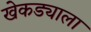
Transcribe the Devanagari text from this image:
खेकड्याला